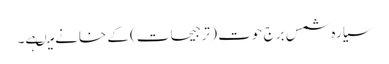
سیارہ شمس برج حوت ( ترجیحات) کے خانے میںہے۔